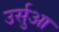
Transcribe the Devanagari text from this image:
उर्सुआ